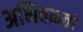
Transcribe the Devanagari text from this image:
अभिवकतो